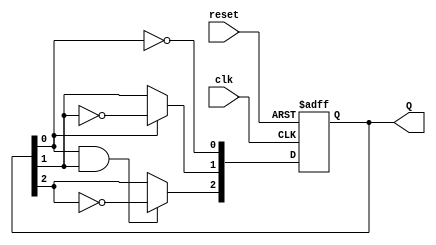
module ripple_counter (
    input wire clk,          // Clock input
    input wire reset,        // Asynchronous reset
    output reg [2:0] Q       // 3-bit output
);

// T flip-flop behavior
always @(posedge clk or posedge reset) begin
    if (reset) begin
        Q <= 3'b000; // Reset the counter to 0
    end else begin
        // Ripple counter logic
        Q[0] <= ~Q[0]; // Toggle LSB
        Q[1] <= Q[0] ? ~Q[1] : Q[1]; // Toggle second bit on LSB falling edge
        Q[2] <= (Q[0] & Q[1]) ? ~Q[2] : Q[2]; // Toggle third bit on second bit falling edge
    end
end

endmodule